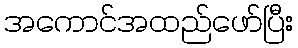
အကောင်အထည်ဖော်ပြီး